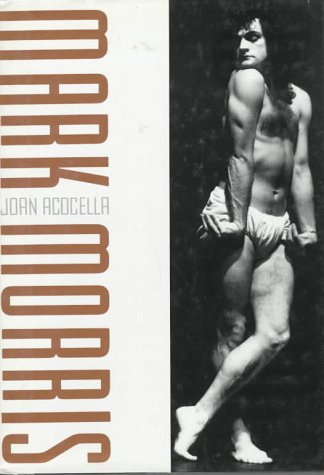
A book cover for Mark Morris; Joan R. Acocella; Biographies & Memoirs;